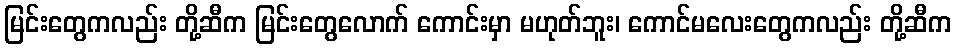
မြင်းတွေကလည်း တို့ဆီက မြင်းတွေလောက် ကောင်းမှာ မဟုတ်ဘူး၊ ကောင်မလေးတွေကလည်း တို့ဆီက